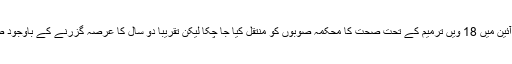
بحث کے دوران وفاقی وزیر پیٹرولیم عاصم حسین نے حکومت کی نمائندگی کرتے ہوئے کہا کہ آئین میں 18 ویں ترمیم کے تحت صحت کا محکمہ صوبوں کو منتقل کیا جا چکا لیکن تقریباً دو سال کا عرصہ گزرنے کے باوجود صوبائی سطح پر دوا سازی کی صنعت کی نگرانی کے لیے انضباطی نظام وضع نہیں کیا گیا ہے۔